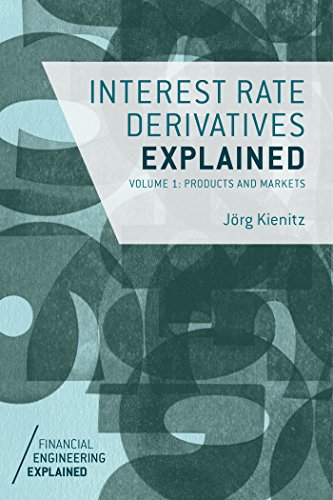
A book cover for Interest Rate Derivatives Explained: Volume 1: Products and Markets (Financial Engineering Explained); JÃ¶rg Kienitz; Business & Money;